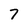
Character: 7